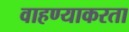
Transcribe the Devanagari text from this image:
वाहण्याकरता